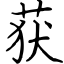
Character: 获